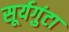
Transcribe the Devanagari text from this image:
सूर्यगुंटा